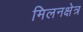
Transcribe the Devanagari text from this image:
मिलनक्षेत्र